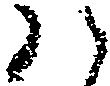
ハ